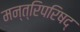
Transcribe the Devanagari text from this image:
मन्त्रिपरिषद्